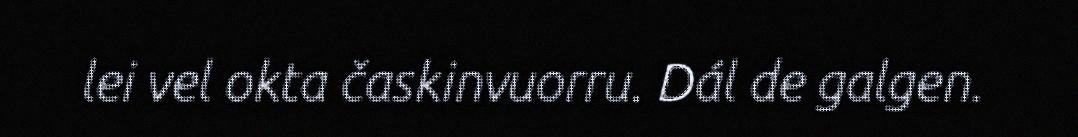
lei vel okta časkinvuorru. Dál de galgen.